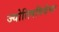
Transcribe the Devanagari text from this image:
ज्योतिषविद्येचा